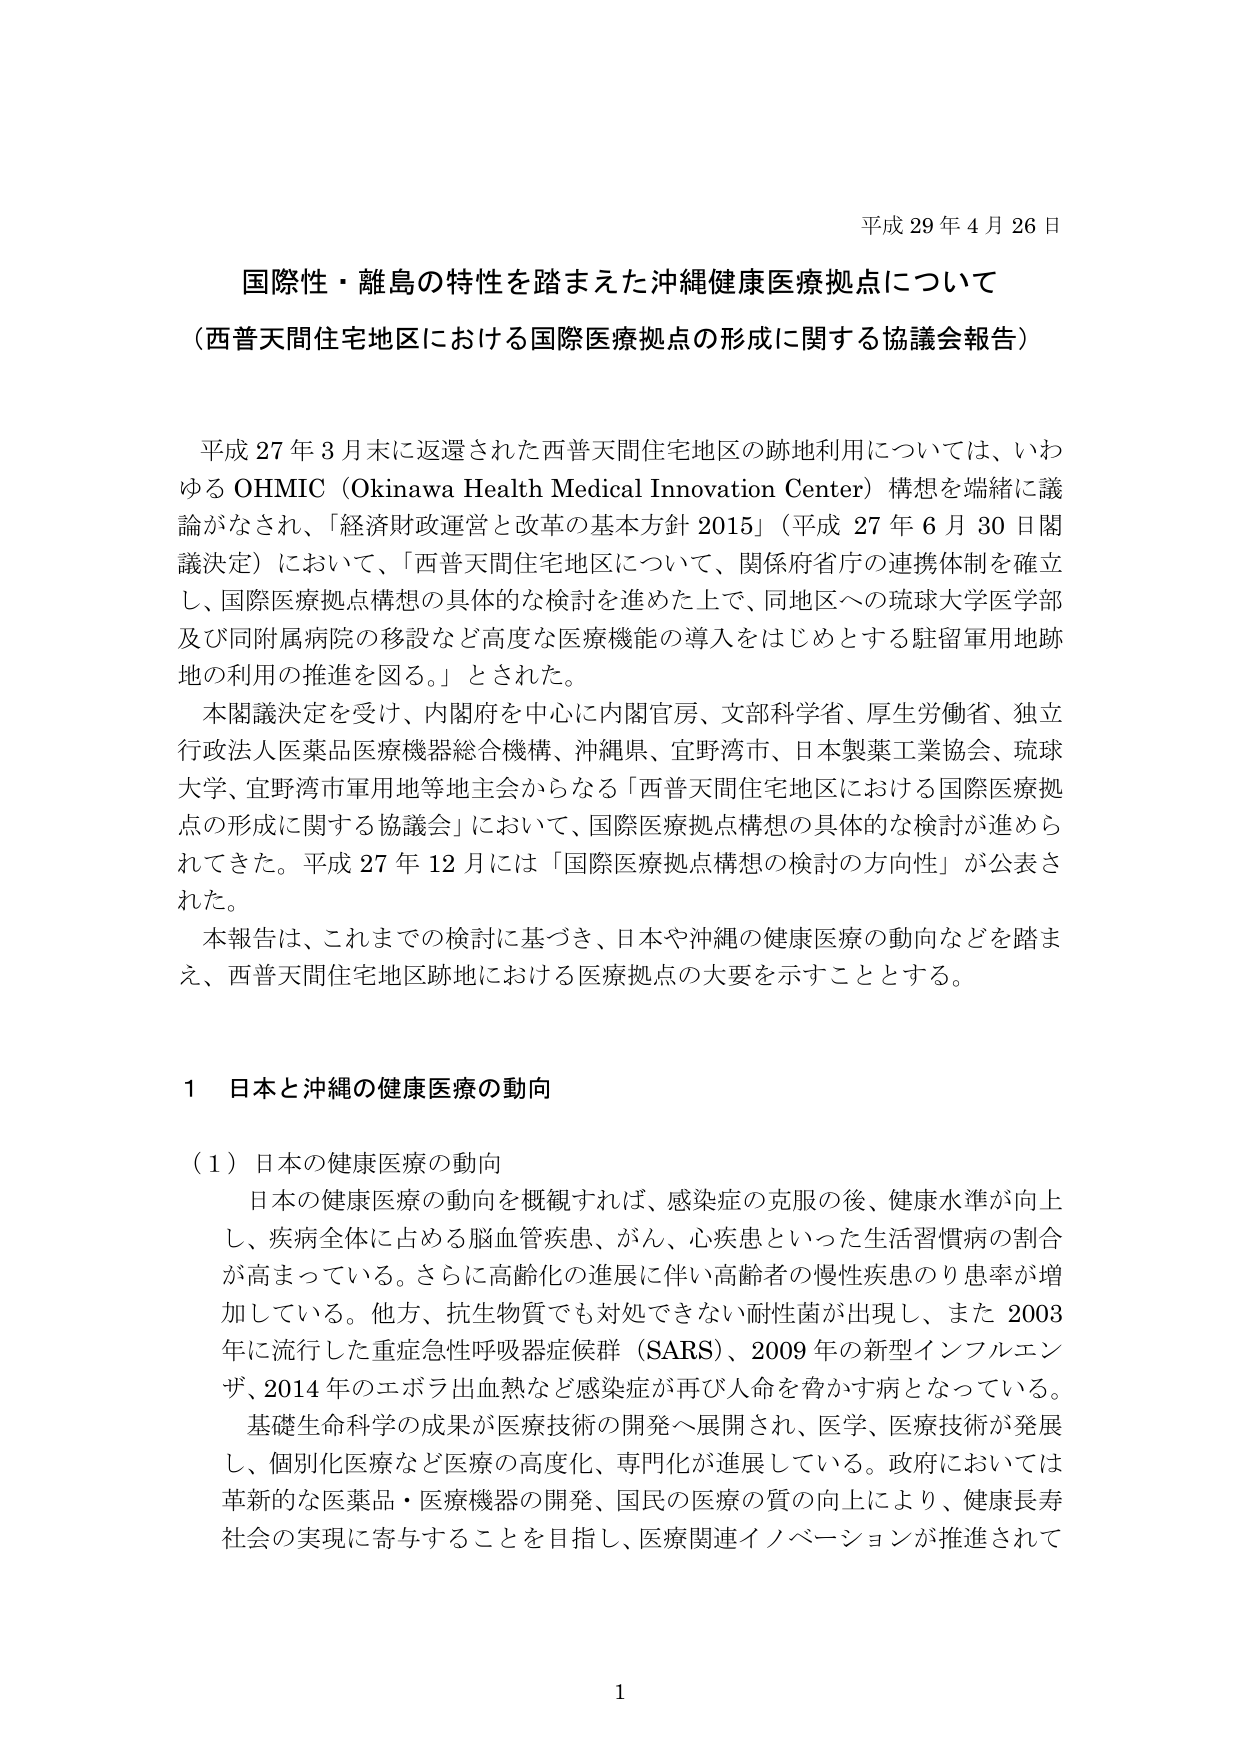
平成29年4月26日

国際性・離島の特性を踏まえた沖縄健康医療拠点について
（西普天間住宅地区における国際医療拠点の形成に関する協議会報告）

平成27年3月末に返還された西普天間住宅地区の跡地利用については、いわゆるOHMIC（Okinawa Health Medical Innovation Center）構想を端緒に議論がなされ、「経済財政運営と改革の基本方針2015」（平成27年6月30日閣議決定）において、「西普天間住宅地区について、関係府省庁の連携体制を確立し、国際医療拠点構想の具体的な検討を進めた上で、同地区への琉球大学医学部及び同附属病院の移設など高度な医療機能の導入をはじめとする駐留軍用地跡地の利用の推進を図る。」とされた。

本閣議決定を受け、内閣府を中心に内閣官房、文部科学省、厚生労働省、独立行政法人医薬品医療機器総合機構、沖縄県、宜野湾市、日本製薬工業協会、琉球大学、宜野湾市軍用地等地主会からなる「西普天間住宅地区における国際医療拠点の形成に関する協議会」において、国際医療拠点構想の具体的な検討が進められてきた。平成27年12月には「国際医療拠点構想の検討の方向性」が公表された。

本報告は、これまでの検討に基づき、日本や沖縄の健康医療の動向などを踏まえ、西普天間住宅地区跡地における医療拠点の大要を示すこととする。

1 日本と沖縄の健康医療の動向

（1）日本の健康医療の動向

日本の健康医療の動向を概観すれば、感染症の克服の後、健康水準が向上し、疾病全体に占める脳血管疾患、がん、心疾患といった生活習慣病の割合が高まっている。さらに高齢化の進展に伴い高齢者の慢性疾患のり患率が増加している。他方、抗生物質でも対処できない耐性菌が出現し、また2003年に流行した重症急性呼吸器症候群（SARS）、2009年の新型インフルエンザ、2014年のエボラ出血熱など感染症が再び人命を脅かす病となっている。

基礎生命科学の成果が医療技術の開発へ展開され、医学、医療技術が発展し、個別化医療など医療の高度化、専門化が進展している。政府においては革新的な医薬品・医療機器の開発、国民の医療の質の向上により、健康長寿社会の実現に寄与することを目指し、医療関連イノベーションが推進されて

1